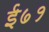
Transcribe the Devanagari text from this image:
ई७१